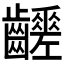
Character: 𪙸